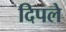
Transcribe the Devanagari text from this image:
दिपले